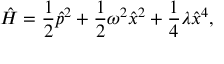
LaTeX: \hat { H } = \frac { 1 } { 2 } { \hat { p } } ^ { 2 } + \frac { 1 } { 2 } \omega ^ { 2 } { \hat { x } } ^ { 2 } + \frac { 1 } { 4 } \lambda { \hat { x } } ^ { 4 } ,